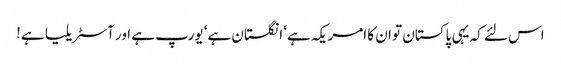
اس لئے کہ یہی پاکستان تو ان کا امریکہ ہے‘ انگلستان ہے‘ یورپ ہے اور آسٹریلیا ہے!